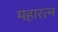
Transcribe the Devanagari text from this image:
महारत्‍न